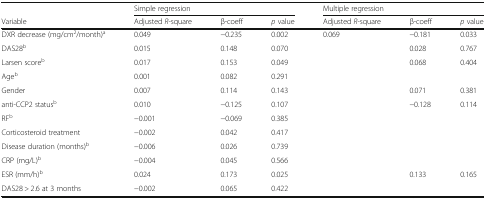
<table><thead><tr><td></td><td colspan="3"><b>Simple regression</b></td><td colspan="3"><b>Multiple regression</b></td></tr><tr><td><b>Variable</b></td><td><b>Adjusted <i>R</i>-square</b></td><td><b>β-coeff</b></td><td><b><i>p</i> value</b></td><td><b>Adjusted <i>R</i>-square</b></td><td><b>β-coeff</b></td><td><b><i>p</i> value</b></td></tr></thead><tbody><tr><td>DXR decrease (mg/cm<sup>2</sup>/month)<sup>a</sup></td><td>0.049</td><td>−0.235</td><td>0.002</td><td>0.069</td><td>−0.181</td><td>0.033</td></tr><tr><td>DAS28<sup>b</sup></td><td>0.015</td><td>0.148</td><td>0.070</td><td></td><td>0.028</td><td>0.767</td></tr><tr><td>Larsen score<sup>b</sup></td><td>0.017</td><td>0.153</td><td>0.049</td><td></td><td>0.068</td><td>0.404</td></tr><tr><td>Age<sup>b</sup></td><td>0.001</td><td>0.082</td><td>0.291</td><td></td><td></td><td></td></tr><tr><td>Gender</td><td>0.007</td><td>0.114</td><td>0.143</td><td></td><td>0.071</td><td>0.381</td></tr><tr><td>anti-CCP2 status<sup>b</sup></td><td>0.010</td><td>−0.125</td><td>0.107</td><td></td><td>−0.128</td><td>0.114</td></tr><tr><td>RF<sup>b</sup></td><td>−0.001</td><td>−0.069</td><td>0.385</td><td></td><td></td><td></td></tr><tr><td>Corticosteroid treatment</td><td>−0.002</td><td>0.042</td><td>0.417</td><td></td><td></td><td></td></tr><tr><td>Disease duration (months)<sup>b</sup></td><td>−0.006</td><td>0.026</td><td>0.739</td><td></td><td></td><td></td></tr><tr><td>CRP (mg/L)<sup>b</sup></td><td>−0.004</td><td>0.045</td><td>0.566</td><td></td><td></td><td></td></tr><tr><td>ESR (mm/h)<sup>b</sup></td><td>0.024</td><td>0.173</td><td>0.025</td><td></td><td>0.133</td><td>0.165</td></tr><tr><td>DAS28 &gt; 2.6 at 3 months</td><td>−0.002</td><td>0.065</td><td>0.422</td><td></td><td></td><td></td></tr></tbody></table>